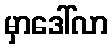
မှာဒေါ်လာ